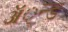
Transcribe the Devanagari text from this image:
ॲ्न्ड